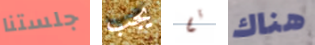
جلستنا يجب تم هناك